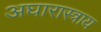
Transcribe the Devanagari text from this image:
अघारास्त्राय